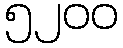
၅၂၀၀